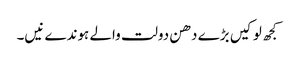
کجھ لوکیں بڑے دھن دولت والے ہوندے نیں۔